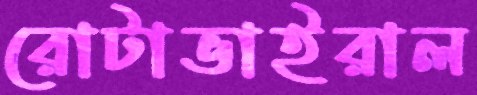
রোটাভাইরাল